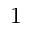
1